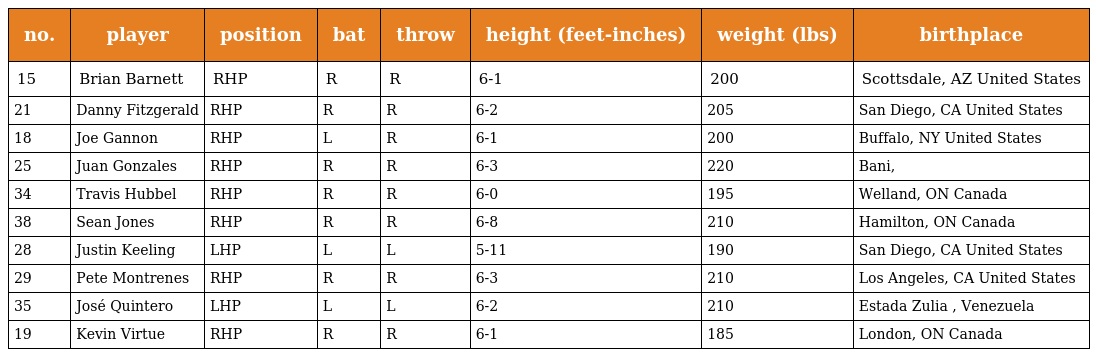
| no. | player | position | bat | throw | height (feet-inches) | weight (lbs) | birthplace |
 | --- | --- | --- | --- | --- | --- | --- | --- |
 | 15 | Brian Barnett | RHP | R | R | 6-1 | 200 | Scottsdale, AZ United States |
 | 21 | Danny Fitzgerald | RHP | R | R | 6-2 | 205 | San Diego, CA United States |
 | 18 | Joe Gannon | RHP | L | R | 6-1 | 200 | Buffalo, NY United States |
 | 25 | Juan Gonzales | RHP | R | R | 6-3 | 220 | Bani, |
 | 34 | Travis Hubbel | RHP | R | R | 6-0 | 195 | Welland, ON Canada |
 | 38 | Sean Jones | RHP | R | R | 6-8 | 210 | Hamilton, ON Canada |
 | 28 | Justin Keeling | LHP | L | L | 5-11 | 190 | San Diego, CA United States |
 | 29 | Pete Montrenes | RHP | R | R | 6-3 | 210 | Los Angeles, CA United States |
 | 35 | José Quintero | LHP | L | L | 6-2 | 210 | Estada Zulia , Venezuela |
 | 19 | Kevin Virtue | RHP | R | R | 6-1 | 185 | London, ON Canada |